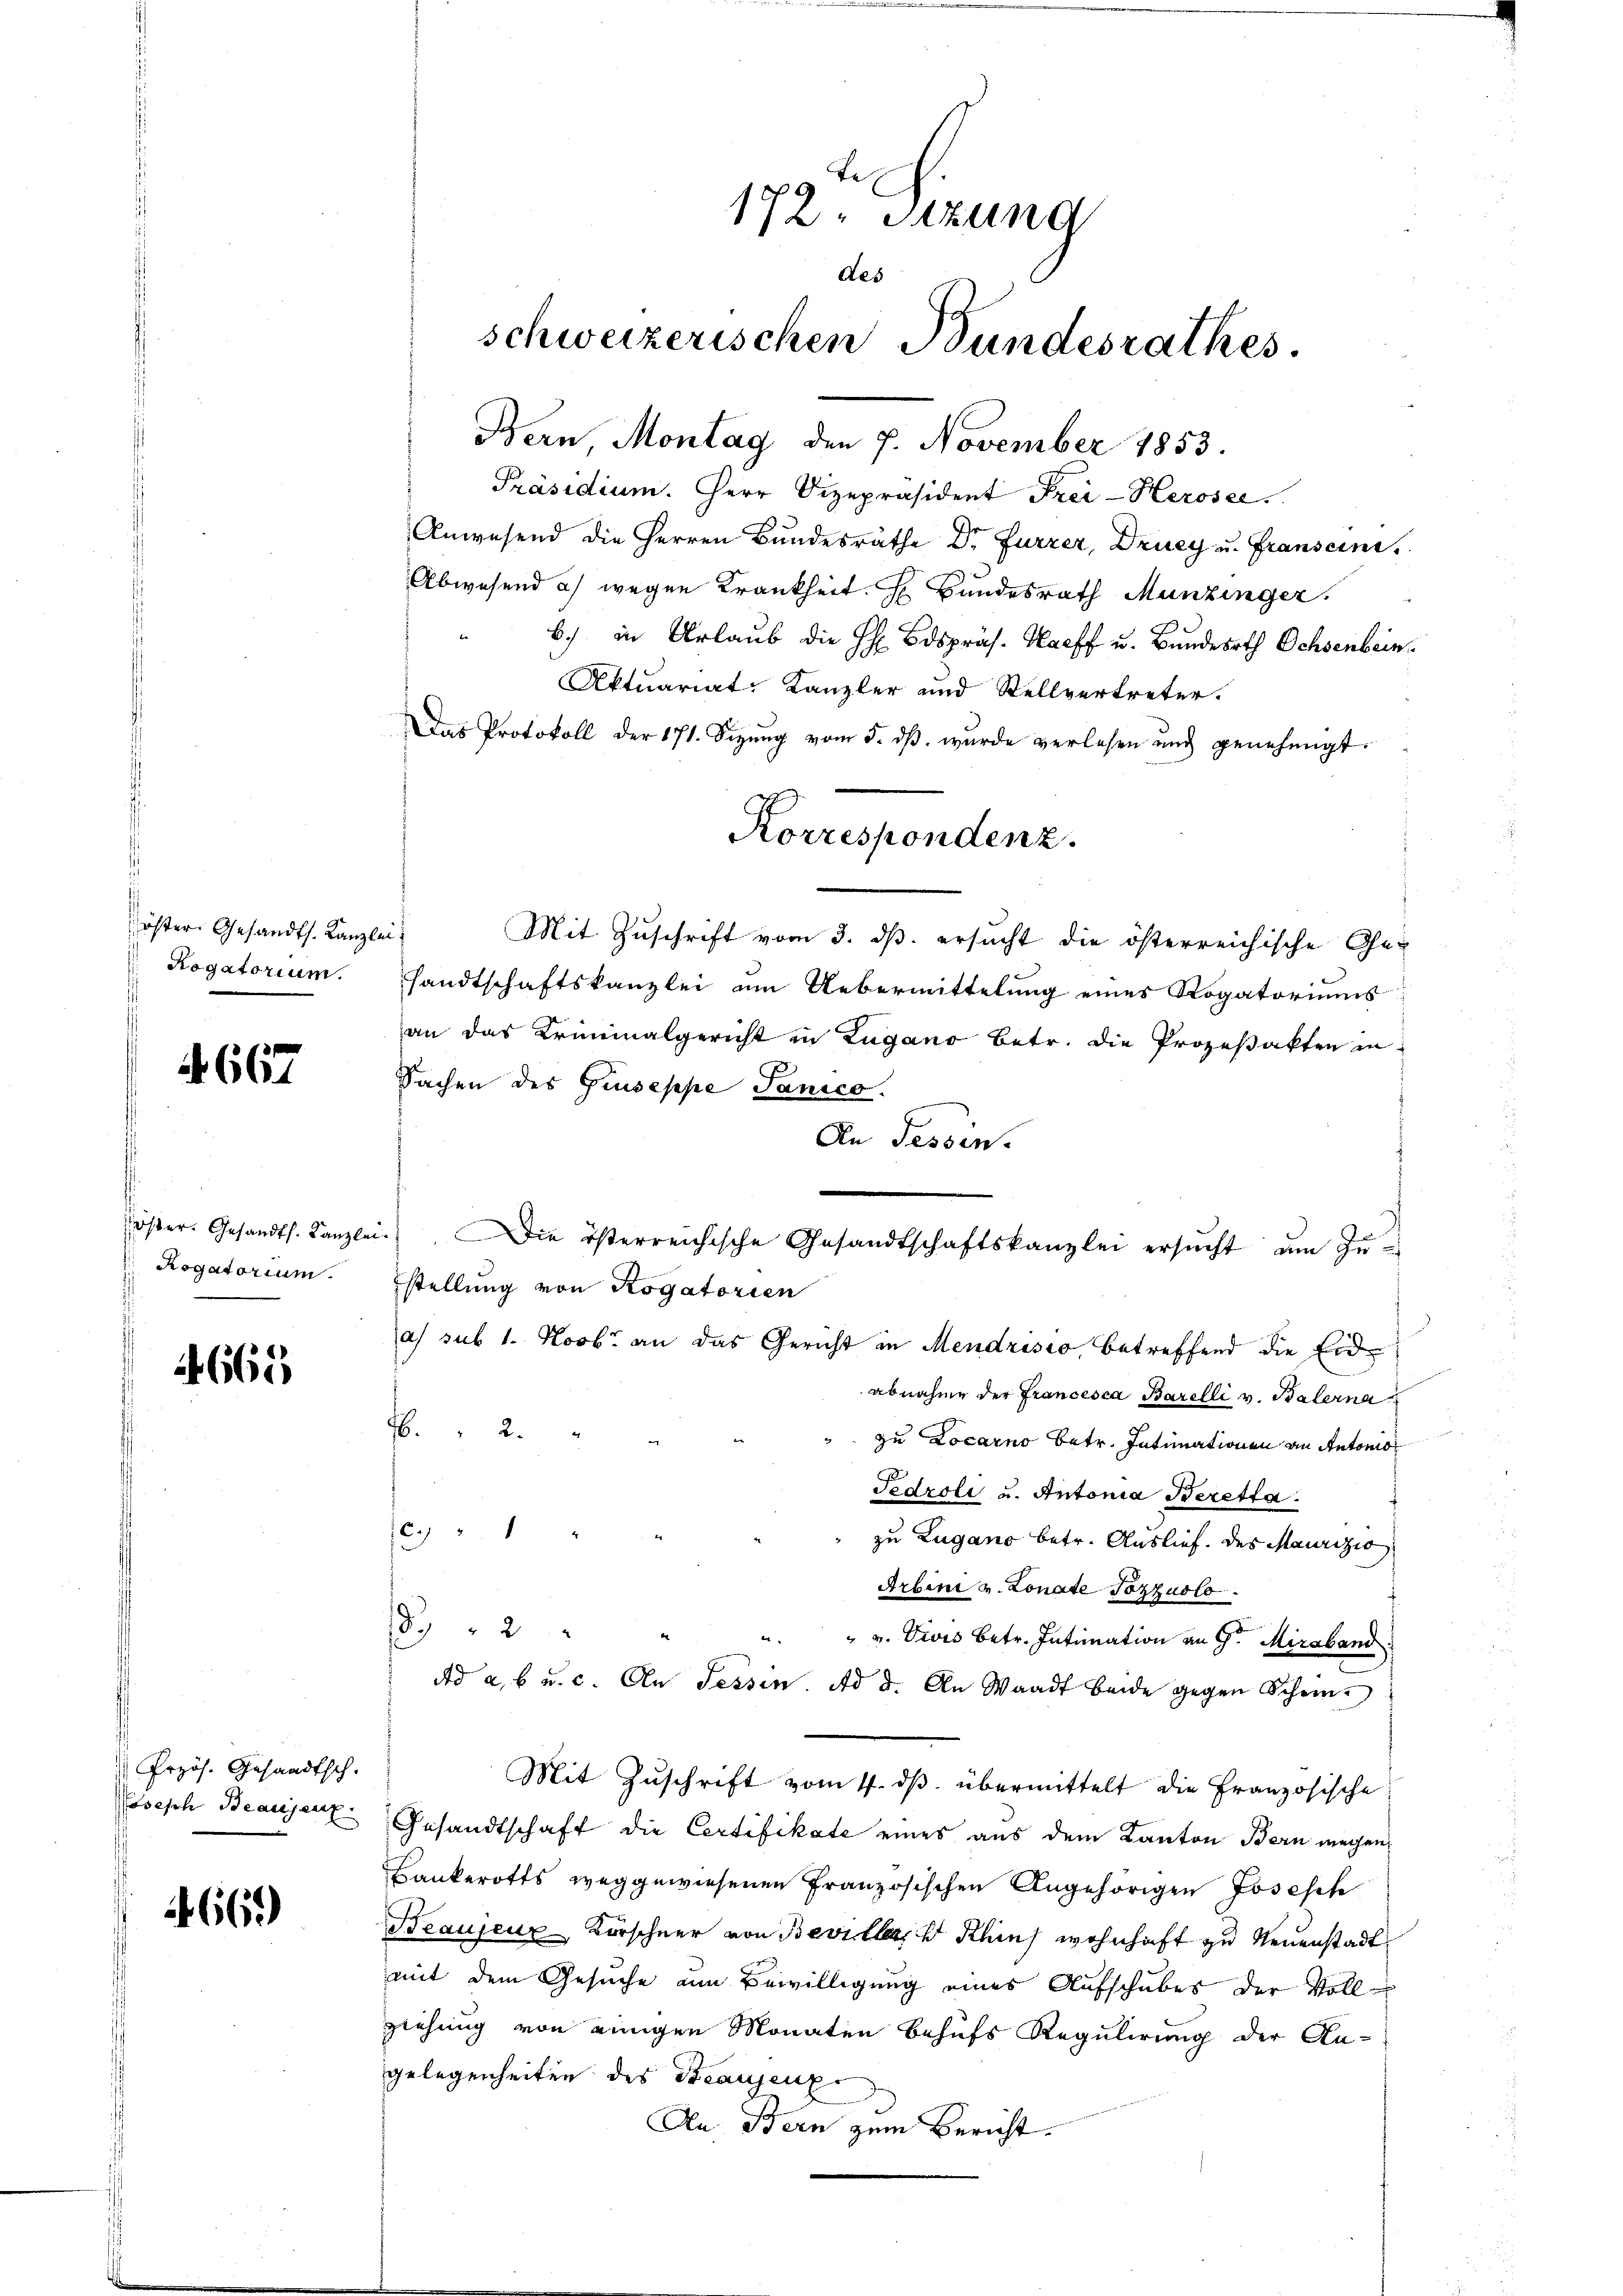
öster. Gesandts. Kanzlei
Hogatorium.

S. 667

öster. Gesandts. Kanzle
Rogatorium.

665.

Przös. Gesandtsch.
Cosesch Beaujenz.

466.

Bern, Montag den 7. November 1853.
Präsidium. Herr Vizepräsident Frei-Herosee.
Anwesend die Herren Bundesräthe Dr. Furrer, Druey u. Franscini.
Abwesend a) wegen Krankheit. H. Bundesrath Munzinger
b.) in Urlaub die H: Bdspräs. Harff u. Bunderath Ochsenbein.
Aktuariat-Kanzler und Stellvertreter.
Das Protokoll der 171. Sizŭng vom 5. dβ. wurde verlesen und genehmigt.
Mit Zuschrift vom 3. ds. ersucht die österreichische Ge-
Handtschaftskanzlei um Uebermittelung eines Rogatoriums
an das Kriminalgericht in Zugano betr. die Prozeßakten in
Sachen des Gruseppe Janico.
An Tessin.
i. Die österreichische Gesandtschaftskanzlei ersŭcht ŭm Zŭ-
stellung von Rogatorien
a) sub 1. Novb. an das Gericht in Mendrisio, betreffend die Eid
abnahme der Francesca Barelli v. Balerna
2
zu Locarno betr. Intimationen an Antonio
Fedroli u. Antonia Beretta.
Reg. 1
zu Lugano betr. Auslief. des Maurizio
Arbini u. Lonate Tozzuolo.
1832
" v. Divis betr. Intimation an Sr. Miraband
Ad a, b u. c. An Sessen. Ad d. An Waadt beide gegen Schein¬
Mit Zŭschrift vom 4. dβ übermittelt die Französische
Gesandtschaft die Certifikate eines aus dem Kanton Bern wegen
Bankerotts weggewiesenen Französischen Angehörigen Josesch
Beaujeur Korschner von Beviller, 1 Klins wohnhaft zu Neuenstadt
mit dem Gesuche am Bewilligung eines Aufschubes der Vollziehung von einigen Monaten behufs Regulirung der An-
gelegenheiten des Beausenpr
An Bern zum Bericht.

l
172. Sitzung
des
schweizerischen Bundesrathes

Korrespondenz.